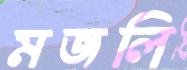
মজলি